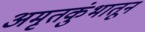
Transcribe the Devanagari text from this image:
अमृतकुंभातून